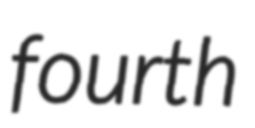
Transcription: fourth